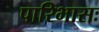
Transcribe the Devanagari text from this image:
पारिभासः